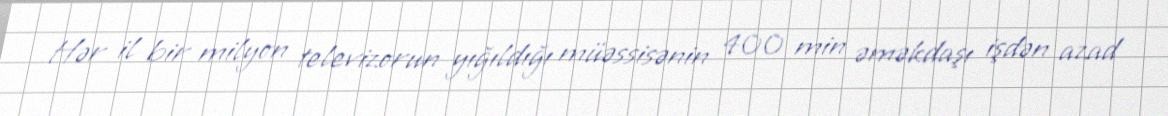
Hər il bir milyon televizorun yığıldığı müəssisənin 400 min əməkdaşı işdən azad